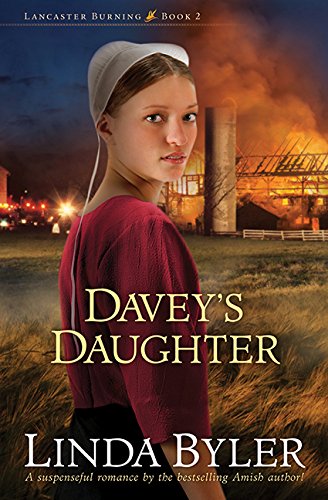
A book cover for Davey's Daughter (Lancaster Burning); Linda Byler; Romance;